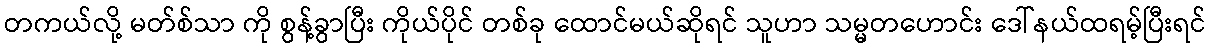
တကယ်လို့ မတ်စ်သာ ကို စွန့်ခွာပြီး ကိုယ်ပိုင် တစ်ခု ထောင်မယ်ဆိုရင် သူဟာ သမ္မတဟောင်း ဒေါ်နယ်ထရမ့်ပြီးရင်